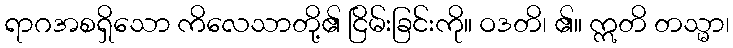
ရာဂအစရှိသော ကိလေသာတို့၏ ငြိမ်းခြင်းကို။ ဝဒတိ၊ ၏။ ဣတိ တသ္မာ၊